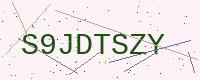
Text: S9JDTSZY